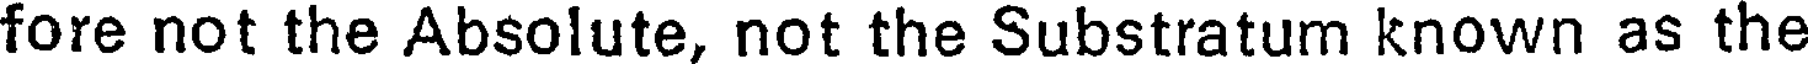
fore not the Absolute, not the Substratum known as the